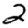
Digit: 2